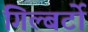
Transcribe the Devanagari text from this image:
गिल्बर्टो